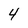
Character: 4